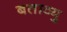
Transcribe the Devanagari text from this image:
बताव्यु